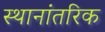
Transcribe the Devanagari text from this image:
स्थानांतरिक